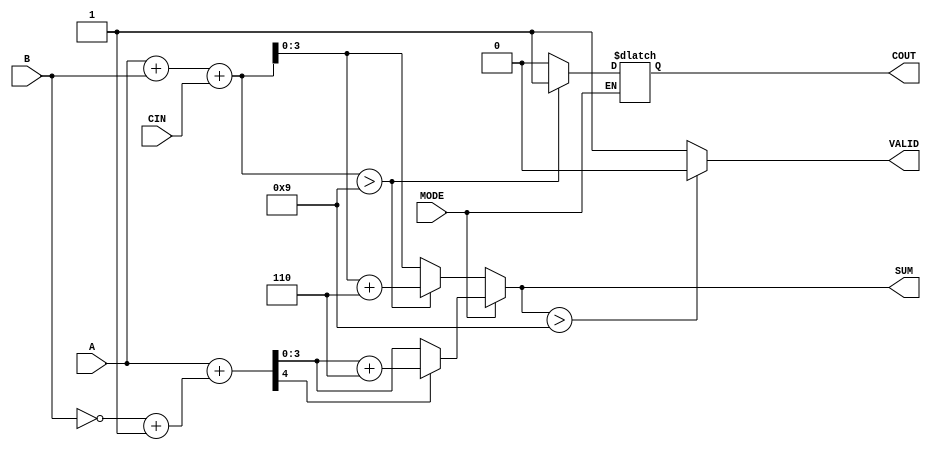
module BCD_Add_Subtracter (
    input  wire [3:0] A,      // First BCD operand
    input  wire [3:0] B,      // Second BCD operand
    input  wire MODE,          // Operation mode: 0 for addition, 1 for subtraction
    input  wire CIN,           // Carry-in for addition
    output reg  [3:0] SUM,     // BCD result
    output reg  COUT,          // Carry-out for addition
    output reg  VALID          // Valid BCD output indicator
);

    wire [4:0] sum;           // 5-bit sum to accommodate carry
    wire [4:0] B_twos_complement; // Two's complement of B for subtraction

    // Calculate two's complement of B
    assign B_twos_complement = {1'b0, ~B} + 1'b1; // Invert B and add 1

    // Perform addition or subtraction based on MODE
    always @(*) begin
        if (MODE == 1'b0) begin
            // Addition
            sum = A + B + CIN;
            if (sum > 4'b1001) begin
                SUM = sum + 4'b0110; // Add correction factor
                COUT = 1'b1;          // Set carry-out
            end else begin
                SUM = sum[3:0];       // No correction needed
                COUT = 1'b0;          // No carry-out
            end
        end else begin
            // Subtraction
            sum = A + B_twos_complement;
            if (sum[4] == 1'b1) begin
                // Result is negative, apply correction
                SUM = sum[3:0] + 4'b0110;
            end else begin
                SUM = sum[3:0];       // Valid result
            end
        end

        // Check for valid BCD output (0-9)
        if (SUM > 4'b1001) begin
            VALID = 1'b0; // Not a valid BCD
        end else begin
            VALID = 1'b1; // Valid BCD
        end
    end
endmodule